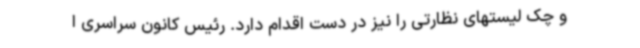
و چک لیستهای نظارتی را نیز در دست اقدام دارد. رئیس کانون سراسری ا